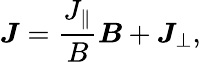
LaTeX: \boldsymbol{J}=\frac{J_{\parallel}}{B}\boldsymbol{B}+\boldsymbol{J}_{\perp},